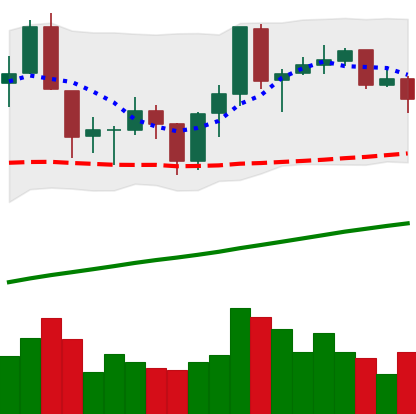
Ticker: ADA-USD
Chart end date: 2019-06-20
Forward return: 10.267%
Label: up_7plus